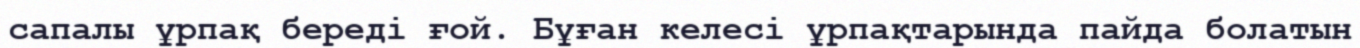
сапалы ұрпақ береді ғой. Бұған келесі ұрпақтарында пайда болатын